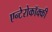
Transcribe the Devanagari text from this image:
एन्टेरोकॉक्की